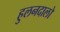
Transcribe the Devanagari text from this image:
हुलनदालो